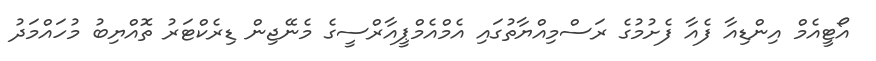
އޯޓީއެމް އިންޑިއާ ފެއާ ފެށުމުގެ ރަސްމިއްޔާތުގައި އެމްއެމްޕީއާރްސީގެ މެނޭޖިން ޑިރެކްޓަރު ތޮއްޔިބު މުހައްމަދު